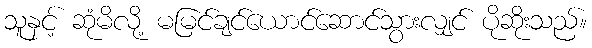
သူနှင့် ဆုံမိလို့ မမြင်ချင်ယောင်ဆောင်သွားလျှင် ပိုဆိုးသည်။